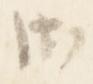
御